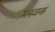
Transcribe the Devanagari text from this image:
मरुवक